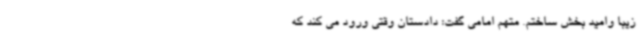
زیبا وامید بخش ساختم. متهم امامی گفت: دادستان وقتی ورود می کند که